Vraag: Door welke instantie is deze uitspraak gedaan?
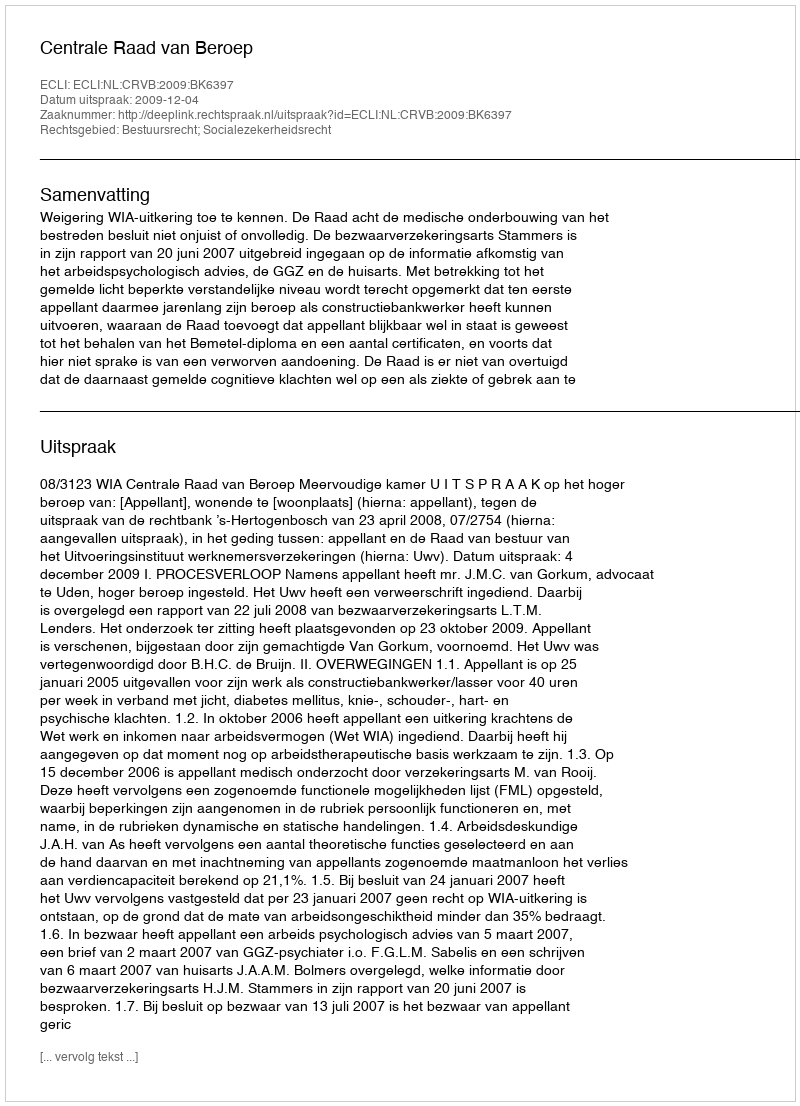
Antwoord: Centrale Raad van Beroep